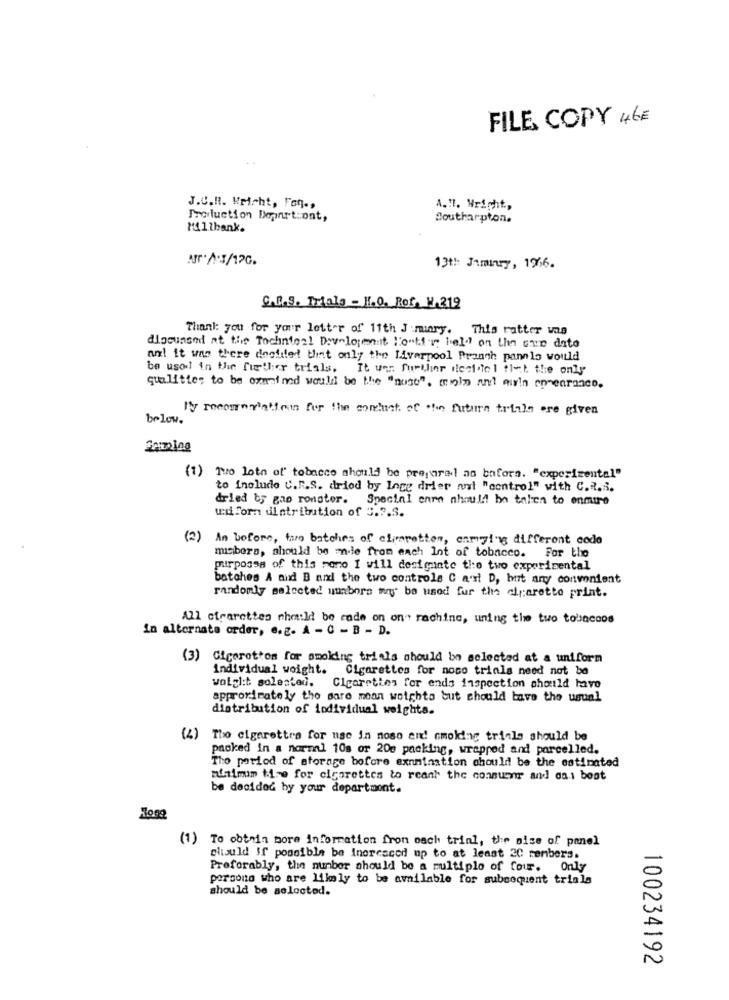
FILE COPY 46€
J.C.R. Wricht, Fan .,
A.11. Wright .,
Production Dopart:ont,
Southarpton.
M111bank.
13th Jambury, 1956.
C.D.S. Trials - H.O. Rof. M.219
Thank you for your letter of 11th J .miary. This ratter was
discussed at the Technical Development l'ontir held on the cup date
ant it was there doolied that only the Liverpool Praagh pannlo would
be used in the further trials. It was further dechtel thet the only
qualities to be oznained would be the "nose", minin and aiin ep-enranco.
M'y recorrerations for the content of '' future trials are given
below.
Gaming
(1) Two lots of tobacco should be prepared as bators. "experimental"
to include C.R.S. dried by logg drier ant "control" with C.2.S.
drled by gao ronster. Special enro should be taken to enmure
wiiforn distribution of 3.7.S.
(2) An before, faro batches of climaretten, enmizing different codo
misbers, should be made from each Int of tobacco. For the
purposes of this mono I will desiginte the two experimental
batches A and B and the two controls C a'rt D, but ary convenient
randomly selected umborn may be used fur the cigarette print.
All cigarettes che:ld be cade on on" rachine, uning time two tobincoos
in alternate order, ". g. A - C - B - D.
(3) Cigarettom for smoking trials should be selected at a uniform
Individual weight. Cigarettes for noso trials need not be
wolglit solested.
Cigarettes for ends inspection should have
approximately the dare moan weights but should bave the usual
distribution of individual weights.
(4) The cigarettes for use in noso end! smoking trials should be
packed in a normal 10s or 200 packing, wrapped and parcelled.
Tho period of storage before examination should be the estimated
minimim tire for cigarettes to reant the consumer and da.i best
be decided by your department.
(1) To obtain more information from oach trial, the size of panel
should If possible be inercaced up to at least 2C rembers.
Preferably, the number should be a multiple of four. Only
porgono who are likely to be available for subsequent trials
should be selected.
100234192